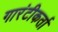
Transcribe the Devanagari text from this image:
गारंटीकर्ता